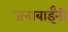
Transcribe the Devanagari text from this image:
जनाबाईंनी